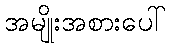
အမျိုးအစားပေါ်